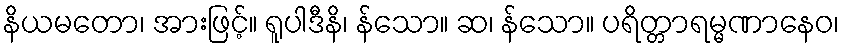
နိယမတော၊ အားဖြင့်။ ရူပါဒီနိ၊ န်သော။ ဆ၊ န်သော။ ပရိတ္တာရမ္မဏာနေဝ၊